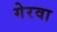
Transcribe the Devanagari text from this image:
गेरवा